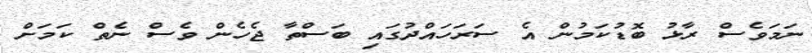
ނަމަވެސް ރާޅު ބޮޑުކަމުން އެ ސަރަހައްދުގައި ބަސްތާ ޖެހެން ވެސް ނެތް ކަމަށް